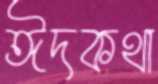
ঈদকথা